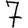
Digit: 7